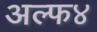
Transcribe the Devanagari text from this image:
अल्फ४